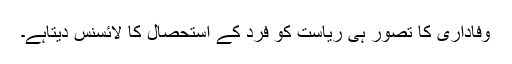
وفاداری کا تصور ہی ریاست کو فرد کے استحصال کا لائسنس دیتاہے۔